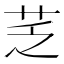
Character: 䒦